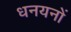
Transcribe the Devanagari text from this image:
धनयनों